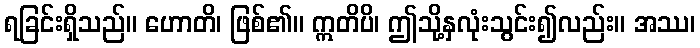
ရခြင်းရှိသည်။ ဟောတိ၊ ဖြစ်၏။ ဣတိပိ၊ ဤသို့နှလုံးသွင်း၍လည်း။ အဿ၊